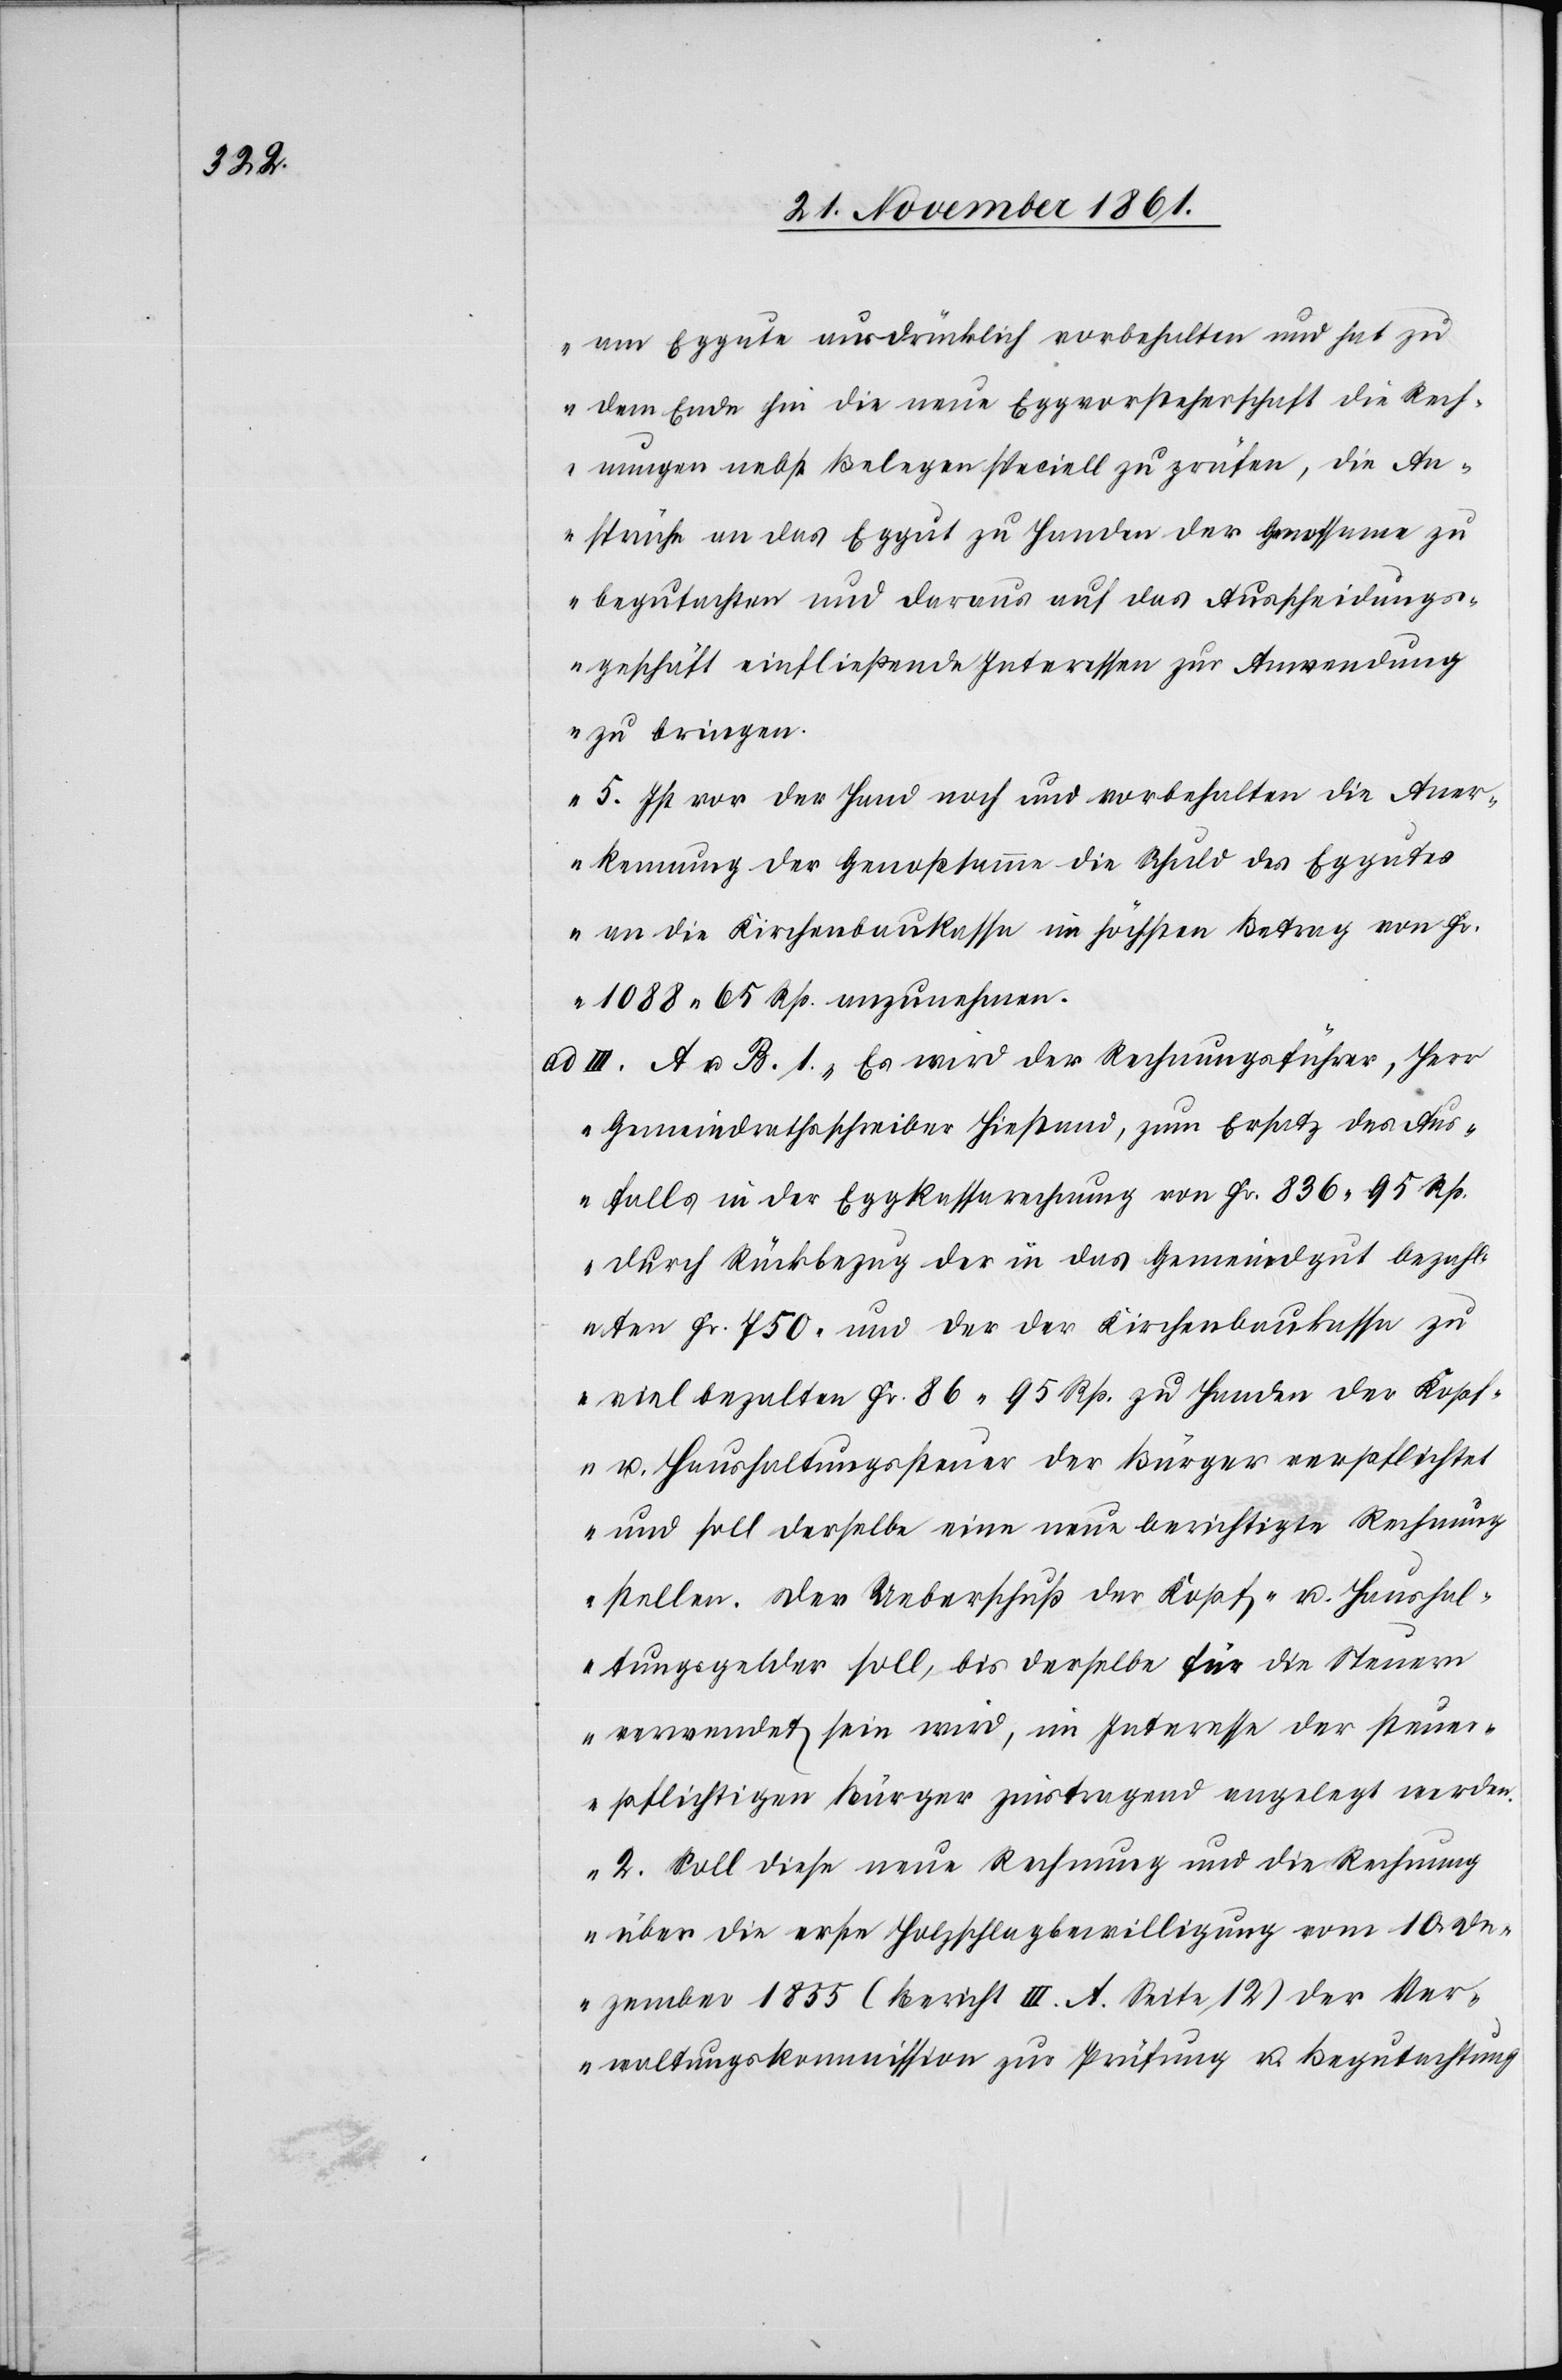
am Eggute ausdrücklich vorbehalten und hat zu
dem Ende hin die neue Eggvvorsteherschaft die Rech¬
nungen nebst Belegen speciell zu prüfen, die An¬
sprüche an das Eggut zu Handen der Genossen zu
begutachten und daraus auf das Ausscheidungs¬
geschäft einfließende Interessen zur Anwendung
zu bringen.
5. Ist vor der Hand noch und vorbehalten die Aner¬
kennung der Genoßsamme die Schuld des Eggutes
an die Kirchenbaukasse im höchsten Betrag von Fr.
1088.55 Rp. anzunehmen.
III. A. u. B. 1. Es wird der Rechnungsführer, Herr
Gemeindrathsschreiber Hiestand, zum Ersatz des Aus¬
falls in der Eggkassarechnung von Fr. 836.95 Rp.
durch Rückbezug der in das Gemeindgut bezahl¬
ten Fr. 750. und der der Kirchenbaukassa zu
viel bezalten Fr. 86.95 Rp. zu Handen der Kopf-
u. Haushaltungssteuer der Bürger verpflichtet
und soll derselbe eine neue berichtigte Rechnung
stellen. Der Ueberschuß der Kopf- u. Haushal¬
tungsgelder soll, bis derselbe für die Steuern
verwendet sein wird, im Interesse der steuer¬
pflichtigen Bürger zinstragend angelegt werden.
2. Soll diese neue Rechnung und die Rechnung
über die erste Holzschlagbewilligung vom 10 De¬
zember 1835 (Bericht III. A. Seite 12) der Ver¬
waltungskommission zur Prüfung u. Begutachtung.